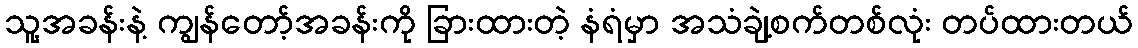
သူ့အခန်းနဲ့ ကျွန်တော့်အခန်းကို ခြားထားတဲ့ နံရံမှာ အသံချဲ့စက်တစ်လုံး တပ်ထားတယ်